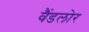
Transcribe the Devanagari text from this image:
वैंडलोर